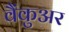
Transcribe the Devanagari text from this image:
वैंकुअर